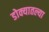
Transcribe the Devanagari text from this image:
डोक्यातल्या